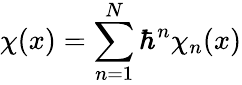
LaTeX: {\chi}(x)=\sum_{n=1}^{N}{\hbar}^{n}{\chi}_{n}(x)